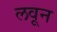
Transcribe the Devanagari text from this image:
लवून